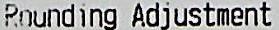
ROUNDING ADJUSTMENT